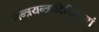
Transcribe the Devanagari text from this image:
मन्त्रयन्त्रादिविद्यानां